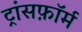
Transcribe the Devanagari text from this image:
ट्रांसफ़ॉर्म